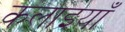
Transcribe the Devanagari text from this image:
कलाइयाँ